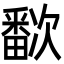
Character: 𬏗